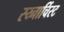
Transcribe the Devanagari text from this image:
स्य्नार्चिस्ट